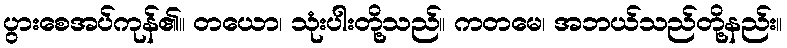
ပွားစေအပ်ကုန်၏။ တယော၊ သုံးပါးတို့သည်။ ကတမေ၊ အဘယ်သည်တို့နည်း။